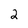
Character: 2